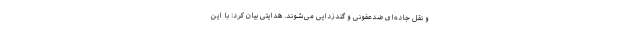
و نقل جاده‌ای ضدعفونی و گندزدایی می‌شوند. هدایتی بیان کرد: با این